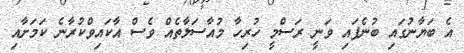
އެ ބަޔާނުގައި ބުނެފައި ވަނީ ރަސްމީ ހުރިހާ މުއާސަލާތެއް ވެސް އާކައިވްކުރާނެ ކަމަށާއި